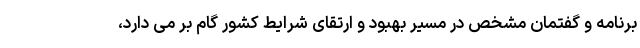
برنامه و گفتمان مشخص در مسیر بهبود و ارتقای شرایط کشور گام بر می دارد،